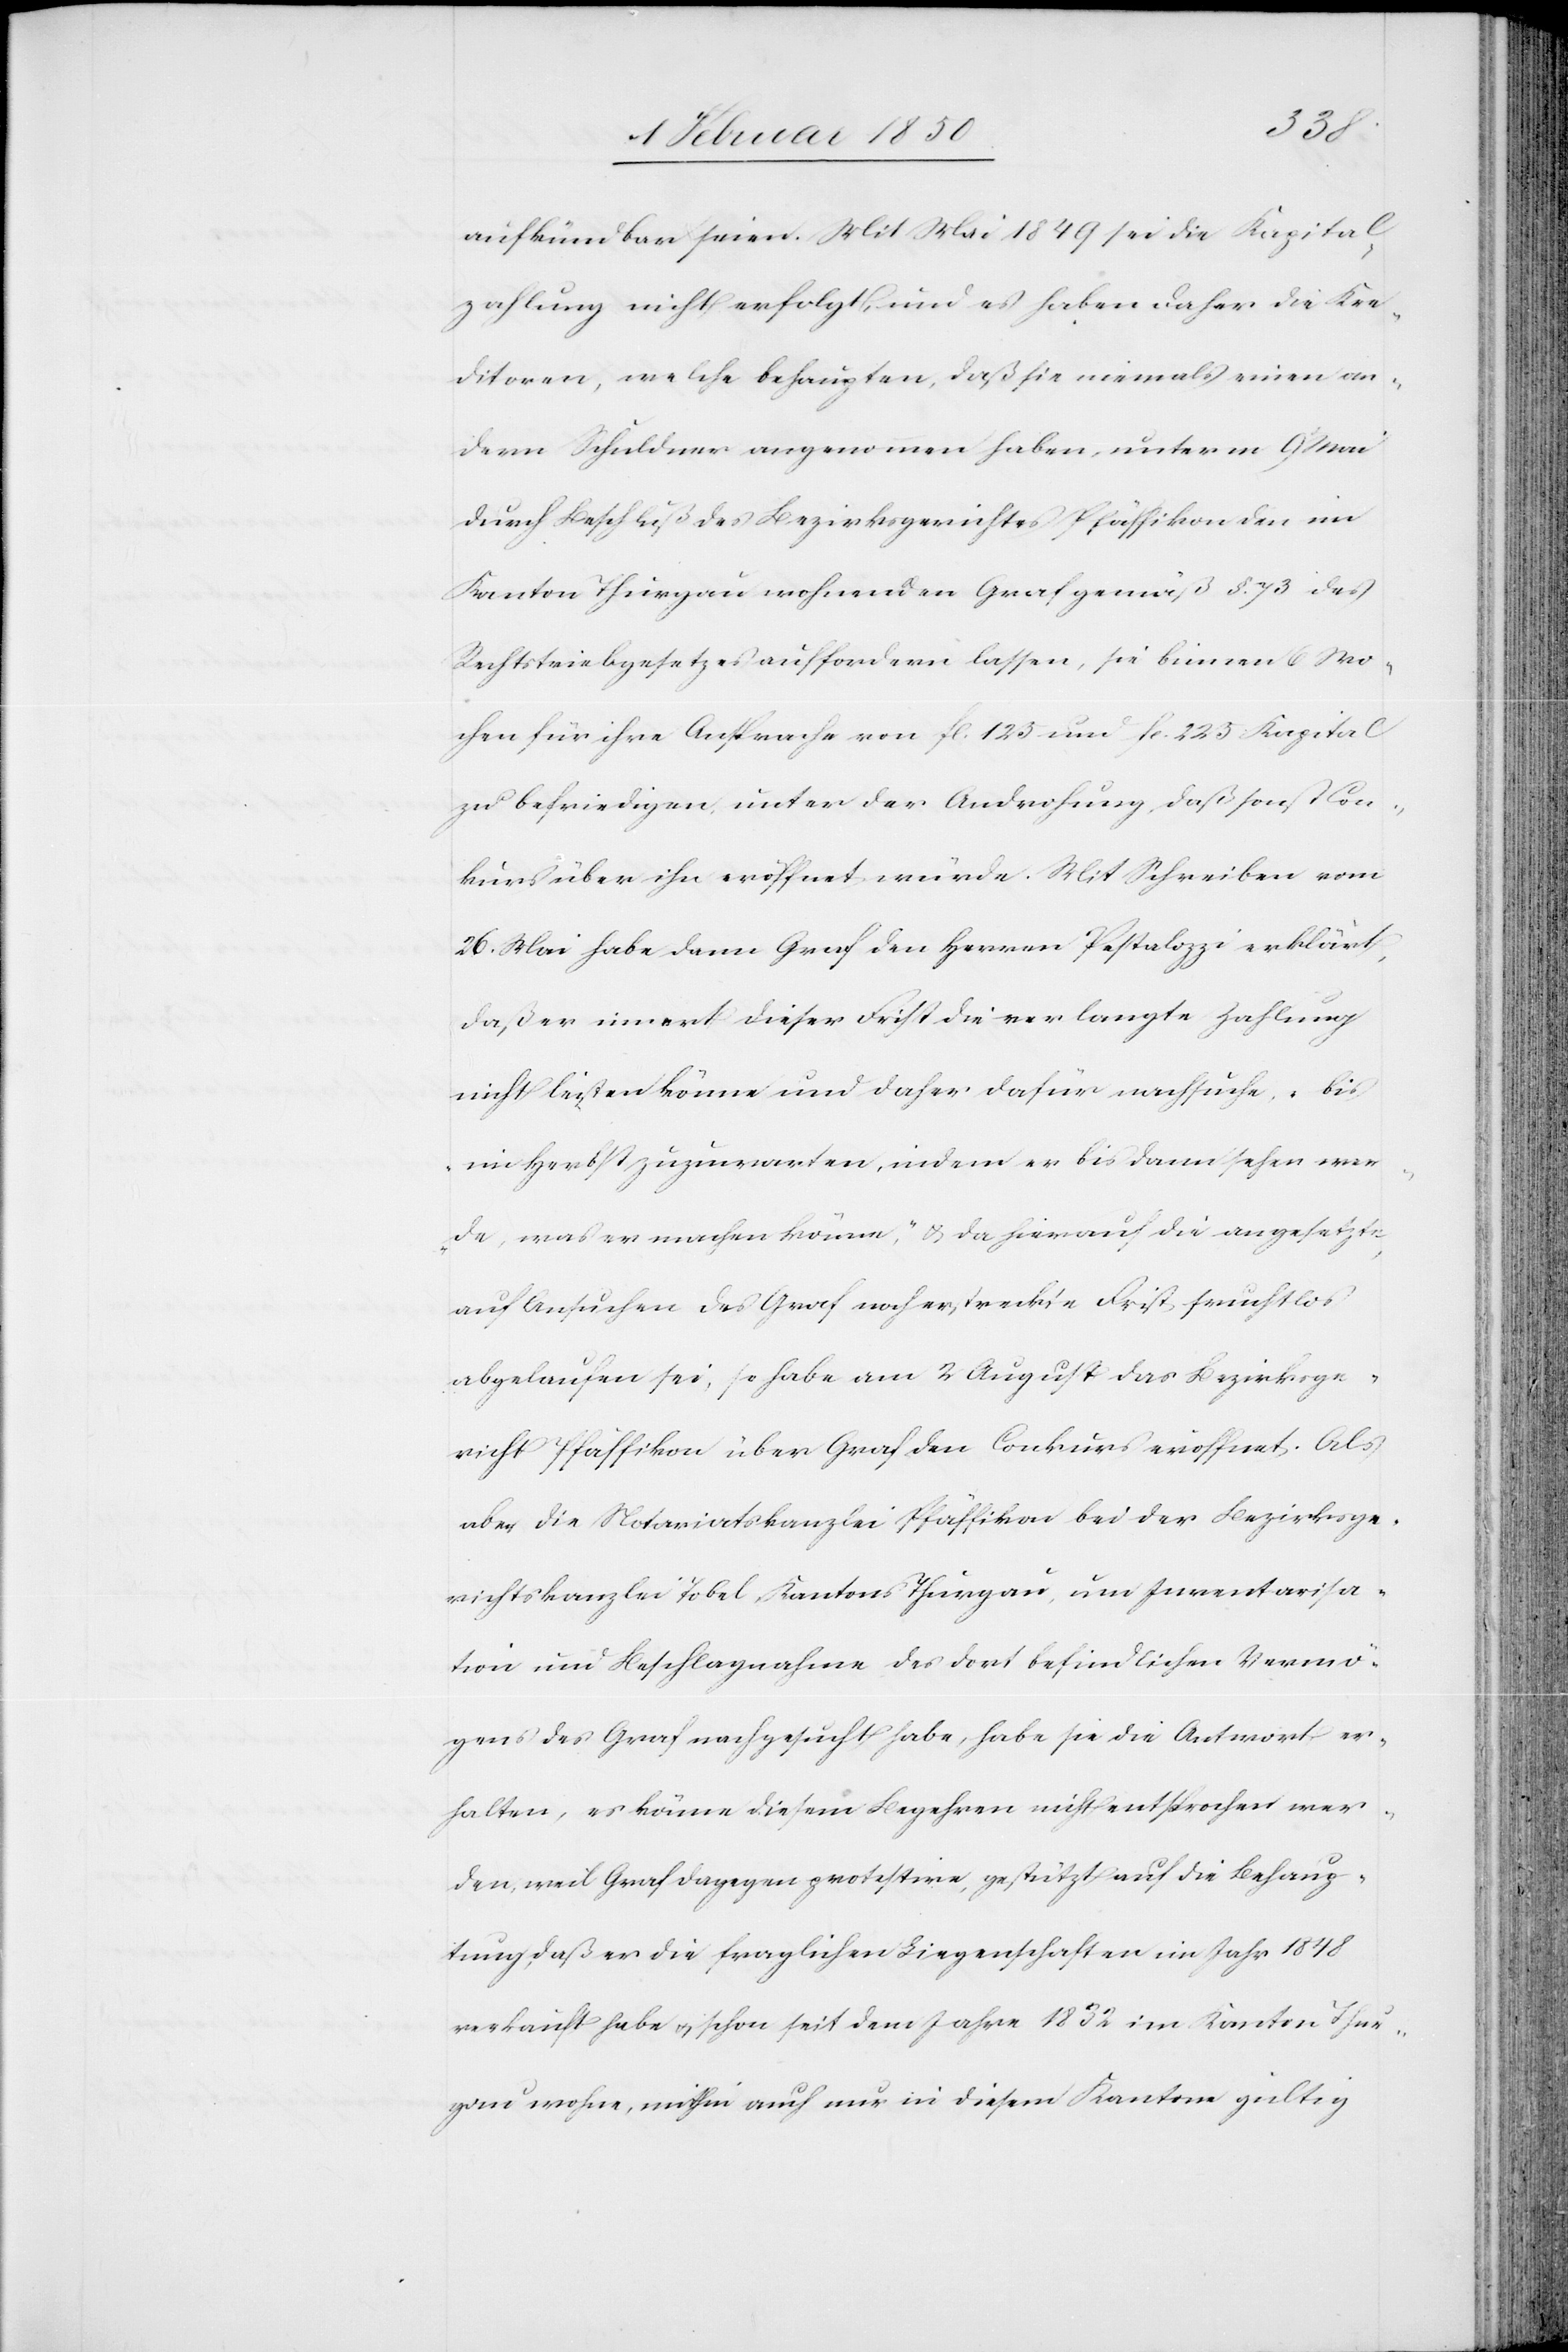
aufkündbar seien. Mit Mai 1849 sei die Kapital¬
zahlung nicht erfolgt, und es haben daher die Kre¬
ditoren, welche behaupten, daß sie niemals einen an¬
dern Schuldner angenommen haben, unterm 9
durch Beschluß des Bezirksgerichtes Pfäffikon den im
Kanton Thurgau wohnenden Graf gemäß §. 73 des
Rechtstriebgesetzes auffordern lassen, sie binnen 6 Wo¬
chen für ihre Ansprache von fl. 125 und fl. 225 Kapital
zu befriedigen, unter der Androhung, daß sonst Con¬
kurs über ihn eröffnet würde. Mit Schreiben vom
26. Mai habe dann Graf den Herren Pestalozzi erklärt,
daß er innert dieser Frist die verlangte Zahlung
nicht leisten könne und daher dafür nachsuche, „bis
im Herbst zuzuwarten, indem er bis dann sehen wer¬
de, was er machen könne“, u. da hierauf die angesetzte,
auf Ansuchen des Graf noch erstreckte Frist fruchtlos
abgelaufen sei, so habe am 23 August das Bezirksge¬
richt Pfäffikon über Graf den Conkurs eröffnet. Als
aber die Notariatskanzlei Pfäffikon bei der Bezirksge¬
richtskanzlei Tobel, Kantons Thurgau, um Inventarisa¬
tion und Beschlagnahme des dort befindlichen Vermö¬
gens des Graf nachgesucht habe, habe sie die Antwort er¬
halten, es könne diesem Begehren nicht entsprochen wer¬
den, weil Graf dagegen protestire, gestützt auf die Behaup¬
tung, daß er die fraglichen Liegenschaften im Jahr 1848
verkauft habe u. schon seit dem Jahre 1832 im Kanton Thur¬
gau wohne, mithin auch nur in diesem Kantone gültig